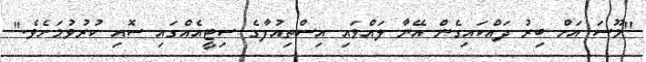
"މޫސަ އަށް ބިރު ދައްކައިގެން އޭނާ ލައްވައި އިސްތިއުފާގެ ސިޓީއެއްގައި ސޮއި ކުރުވުމަށެވެ."